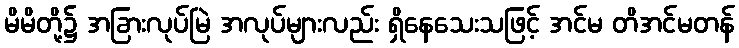
မိမိတို့၌ အခြားလုပ်မြဲ အလုပ်များလည်း ရှိနေသေးသဖြင့် အင်မ တိအင်မတန်